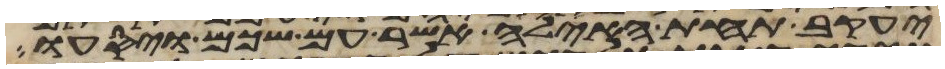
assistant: יעקב תחת האילה אשר עם שכם ויסעו